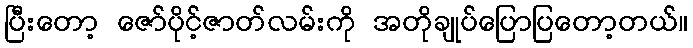
ပြီးတော့ ဇော်ပိုင့်ဇာတ်လမ်းကို အတိုချုပ်ပြောပြတော့တယ်။